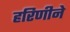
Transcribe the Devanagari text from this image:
हरिणीने